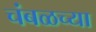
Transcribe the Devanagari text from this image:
चंबळच्या